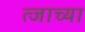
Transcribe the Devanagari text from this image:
त्जाच्या